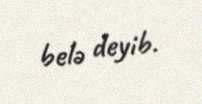
belə deyib.